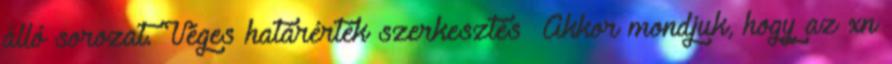
álló sorozat. Véges határérték szerkesztés Akkor mondjuk, hogy az xn